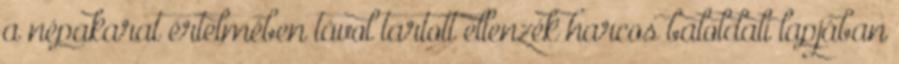
a népakarat értelmében távol tartott ellenzék harcos baloldali lapjában